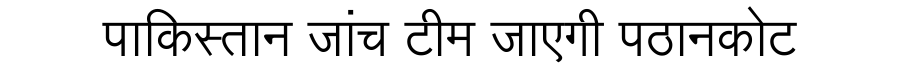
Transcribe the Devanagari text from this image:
पाकिस्तान जांच टीम जाएगी पठानकोट